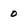
Character: 0